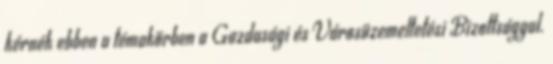
kérnék ebben a témakörben a Gazdasági és Városüzemeltetési Bizottsággal.